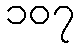
၁၀၇